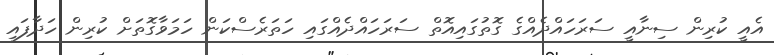
އެއީ ކުރިން ސިނާއީ ސަރަހައްދެއްގެ ގޮތުގައިއޮތް ސަރަހައްދެއްގައި ހަތަރެސްކަން ހަމަވާގޮތަށް ކުރިން ހަދާފައި